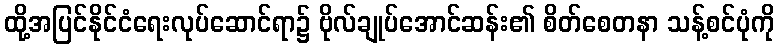
ထို့အပြင်နိုင်ငံရေးလုပ်ဆောင်ရာ၌ ဗိုလ်ချုပ်အောင်ဆန်း၏ စိတ်စေတနာ သန့်စင်ပုံကို